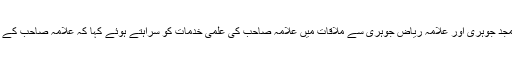
وفد نے علامہ طالب جوہری کے فرزند علامہ امجد جوہری اور علامہ ریاض جوہری سے ملاقات میں علامہ صاحب کی علمی خدمات کو سراہتے ہوئے کہا کہ علامہ صاحب کے انتقال سے علمی دنیا میں ایک خلا پیدا ہوگیا ہے۔